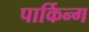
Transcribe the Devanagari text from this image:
पार्किन्ग